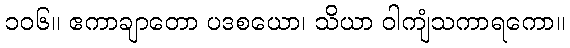
၁၀၆။ ဧကာချာတော ပဒစယော၊ သိယာ ဝါကျံသကာရကော။